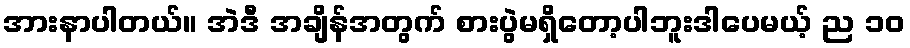
အားနာပါတယ်။ အဲဒီ အချိန်အတွက် စားပွဲမရှိတော့ပါဘူးဒါပေမယ့် ည ၁၀